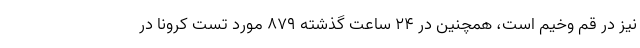
نیز در قم وخیم است،‌ همچنین در ۲۴ ساعت گذشته ۸۷۹ مورد تست کرونا در